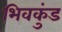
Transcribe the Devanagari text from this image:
भिवकुंड